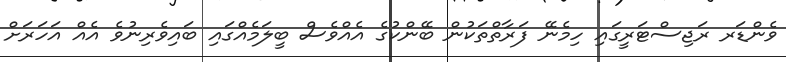
ވެންޑަރ ރަޖިސްޓަރީގައި ހިމެނޭ ފަރާތްތަކުން ބޭންކުގެ އެއްވެސް ބީލަމެއްގައި ބައިވެރިނުވެ އެއް އަހަރަށް